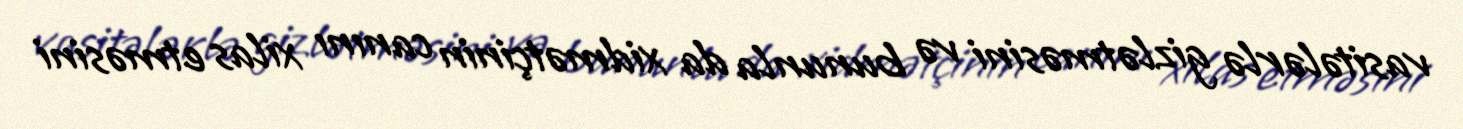
vasitələrlə gizlətməsini və bununla da xidmətçinin canını xilas etməsini